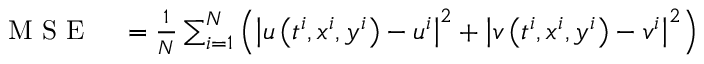
\begin{array} { r l } { \mathrm { ~ M ~ S ~ E ~ } } & { { } = \frac { 1 } { N } \sum _ { i = 1 } ^ { N } \left( \left| u \left( t ^ { i } , x ^ { i } , y ^ { i } \right) - u ^ { i } \right| ^ { 2 } + \left| v \left( t ^ { i } , x ^ { i } , y ^ { i } \right) - v ^ { i } \right| ^ { 2 } \right) } \end{array}